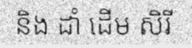
និង ដាំ ដើម សិរី